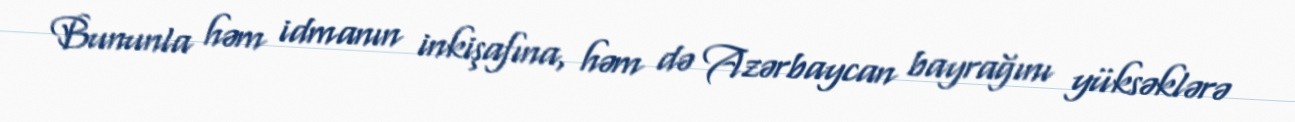
Bununla həm idmanın inkişafına, həm də Azərbaycan bayrağını yüksəklərə